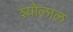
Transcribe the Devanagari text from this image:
श्योलाल